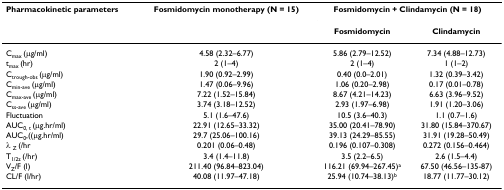
<table><thead><tr><td><b>Pharmacokinetic parameters</b></td><td><b>Fosmidomycin monotherapy (N = 15)</b></td><td colspan="2"><b>Fosmidomycin + Clindamycin (N = 18)</b></td></tr><tr><td></td><td></td><td><b>Fosmidomycin</b></td><td><b>Clindamycin</b></td></tr></thead><tbody><tr><td>C<sub>max </sub>(μg/ml)</td><td>4.58 (2.32–6.77)</td><td>5.86 (2.79–12.52)</td><td>7.34 (4.88–12.73)</td></tr><tr><td>t<sub>max </sub>(hr)</td><td>2 (1–4)</td><td>2 (1–4)</td><td>1 (1–2)</td></tr><tr><td>C<sub>trough-obs </sub>(μg/ml)</td><td>1.90 (0.92–2.99)</td><td>0.40 (0.0–2.01)</td><td>1.32 (0.39–3.42)</td></tr><tr><td>C<sub>min-ave </sub>(μg/ml)</td><td>1.47 (0.06–9.96)</td><td>1.06 (0.20–2.98)</td><td>0.17 (0.01–0.78)</td></tr><tr><td>C<sub>max-ave </sub>(μg/ml)</td><td>7.22 (1.52–15.84)</td><td>8.67 (4.21–14.23)</td><td>6.63 (3.96–9.52)</td></tr><tr><td>C<sub>ss-ave </sub>(μg/ml)</td><td>3.74 (3.18–12.52)</td><td>2.93 (1.97–6.98)</td><td>1.91 (1.20–3.06)</td></tr><tr><td>Fluctuation</td><td>5.1 (1.6–47.6)</td><td>10.5 (3.6–40.3)</td><td>1.1 (0.7–1.6)</td></tr><tr><td>AUC<sub>0, t </sub>(μg.hr/ml)</td><td>22.91 (12.65–33.32)</td><td>35.00 (20.41–78.90)</td><td>31.80 (15.84–370.67)</td></tr><tr><td>AUC<sub>0</sub>,((μg.hr/ml)</td><td>29.7 (25.06–100.16)</td><td>39.13 (24.29–85.55)</td><td>31.91 (19.28–50.49)</td></tr><tr><td>λ <sub>Z </sub>(/hr</td><td>0.201 (0.06–0.48)</td><td>0.196 (0.107–0.308)</td><td>0.272 (0.156–0.464)</td></tr><tr><td>T<sub>1/2z </sub>(/hr)</td><td>3.4 (1.4–11.8)</td><td>3.5 (2.2–6.5)</td><td>2.6 (1.5–4.4)</td></tr><tr><td>V<sub>Z</sub>/F (l)</td><td>211.40 (96.84–823.04)</td><td>116.21 (69.94–267.45)<sup>a</sup></td><td>67.50 (46.56–135-87)</td></tr><tr><td>CL/F (l/hr)</td><td>40.08 (11.97–47.18)</td><td>25.94 (10.74–38.13)<sup>b</sup></td><td>18.77 (11.77–30.12)</td></tr></tbody></table>